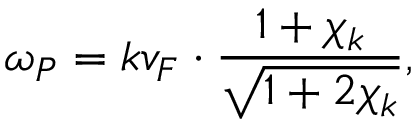
\omega _ { P } = k v _ { F } \cdot \frac { 1 + \chi _ { k } } { \sqrt { 1 + 2 \chi _ { k } } } ,